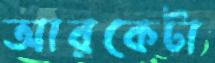
আরকেটা